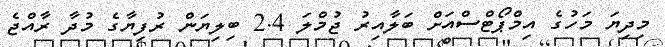
މިދިޔަ މަހުގެ އިމްޕޯޓްސްއަށް ބަލާއިރު ޖުމްލަ 2.4 ބިލިޔަން ރުފިޔާގެ މުދާ ރާއްޖެ